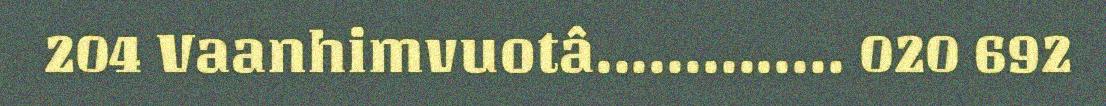
204 Vaanhimvuotâ.............. 020 692